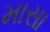
માસા